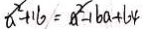
a ^ { 2 } + 1 6 = a ^ { 2 } - 1 6 a + 6 4